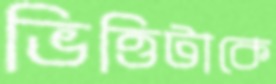
ভিত্তিটাকে